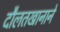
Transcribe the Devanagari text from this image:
दौलतखानाने